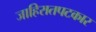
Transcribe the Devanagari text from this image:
जाहिरातपटकार